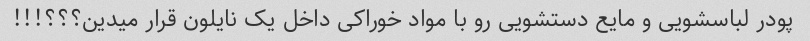
پودر لباسشویی و مایع دستشویی رو با مواد خوراکی داخل یک نایلون قرار میدین؟؟؟!!!